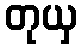
တုယှ